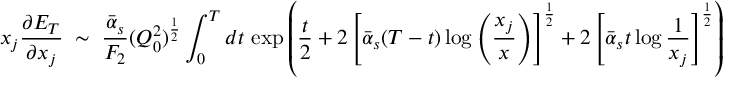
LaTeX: x _ { j } \frac { \partial E _ { T } } { \partial x _ { j } } \; \sim \; \frac { \bar { \alpha } _ { s } } { F _ { 2 } } ( Q _ { 0 } ^ { 2 } ) ^ { \frac { 1 } { 2 } } \int _ { 0 } ^ { T } d t \, \exp \left( \frac { t } { 2 } + 2 \left[ \bar { \alpha } _ { s } ( T - t ) \log \left( \frac { x _ { j } } { x } \right) \right] ^ { \frac { 1 } { 2 } } + 2 \left[ \bar { \alpha } _ { s } t \log \frac { 1 } { x _ { j } } \right] ^ { \frac { 1 } { 2 } } \right)